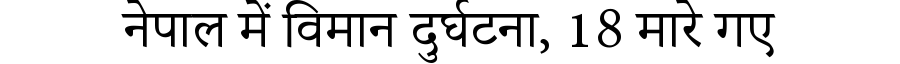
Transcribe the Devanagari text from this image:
नेपाल में विमान दुर्घटना, 18 मारे गए